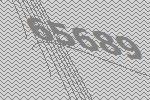
65689